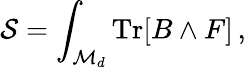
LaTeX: \mathcal{S}=\int_{\mathcal{M}_{d}}\mathrm{Tr}[B\wedge F]\, ,